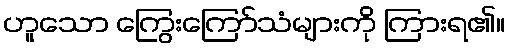
ဟူသော ကြွေးကြော်သံများကို ကြားရ၏။